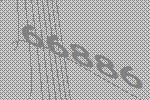
66886